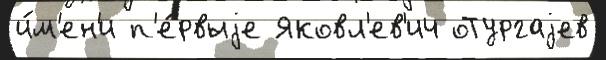
и́м'ен'и п'е́рвыjе Яковл'ев'ич оТургаjев